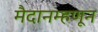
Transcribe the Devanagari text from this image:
मैदानम्हणून